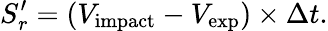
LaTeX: S_{r}^{\prime}=(V_{\mathrm{{impact}}}-V_{\mathrm{{exp}}})\times\Delta t.